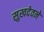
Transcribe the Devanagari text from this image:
सुखदेवने